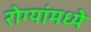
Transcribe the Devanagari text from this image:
रोग्यांमध्ये